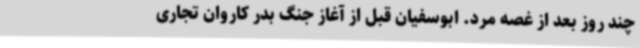
چند روز بعد از غصه مرد. ابوسفیان قبل از آغاز جنگ بدر کاروان تجاری